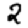
Digit: 2